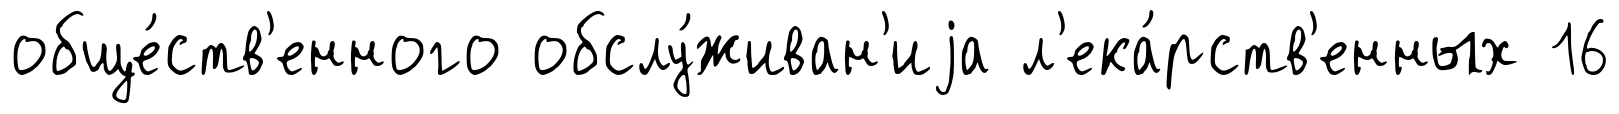
обще́ств'енного обслу́живан'иjа л'ека́рств'енных 16